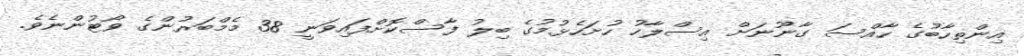
އިންތިހާބުގެ ހާއްސަ ގާނޫނަށް އިސްލާހު ހުށަހެޅުމުގެ ބިލު ފާސްކޮށްފައިވަނީ 38 މެމްބަރުންގެ ވޯޓުންނެވެ.